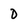
Character: D